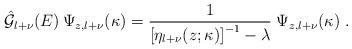
LaTeX: \begin{align*}\hat{ {\mathcal G}}_{l+\nu} (E)\,\Psi_{z,l+\nu} (\kappa)=\frac{1}{ \left[ \eta_{l+\nu}(z;\kappa) \right]^{-1} - \lambda}\;\Psi_{z,l+\nu} (\kappa)\; .\end{align*}